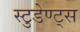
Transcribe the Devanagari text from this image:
स्टुडेण्ट्स